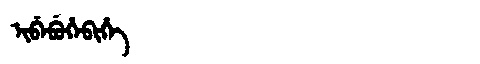
Manchu: ᡳᠪᡝᠪᡠᡥᡝᠪᡳᡥᡝ
Romanization: IBEBUHEBIHE